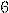
6